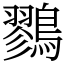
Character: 鷚